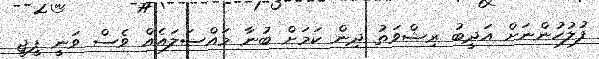
ފުލުހުންނަށް އަދީބު ރިޝްވަތު ދިން ކަމަށް ބުނާ މައްސަލައެއް ވެސް ވަނީ ޕީޖީ